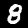
Label: 8